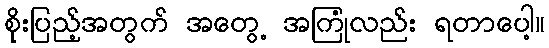
စိုးပြည့်အတွက် အတွေ့ အကြုံလည်း ရတာပေါ့။